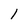
Character: l